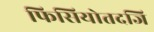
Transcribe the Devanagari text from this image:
फिसियोतदजि